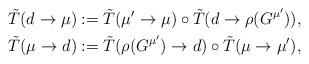
LaTeX: \begin{align*} \tilde{T}(d\rightarrow\mu)&:=\tilde{T}(\mu'\to\mu)\circ \tilde{T}(d\to \rho(G^{\mu'})),\\ \tilde{T}(\mu\rightarrow d)&:=\tilde{T}(\rho(G^{\mu'})\to d)\circ \tilde{T}(\mu\to\mu'), \end{align*}